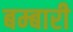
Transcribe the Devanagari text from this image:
बम्बारी